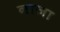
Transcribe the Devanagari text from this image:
नाजा